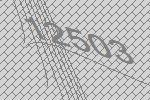
12503